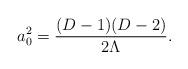
LaTeX: \begin{align*}a_0^2 = {(D-1)(D-2)\over 2\Lambda}.\end{align*}